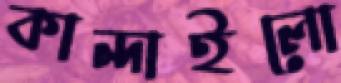
কান্দাইলো